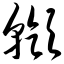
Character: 顸